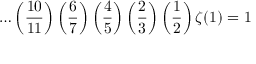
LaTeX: \ldots \left( { \frac { 1 0 } { 1 1 } } \right) \left( { \frac { 6 } { 7 } } \right) \left( { \frac { 4 } { 5 } } \right) \left( { \frac { 2 } { 3 } } \right) \left( { \frac { 1 } { 2 } } \right) \zeta ( 1 ) = 1